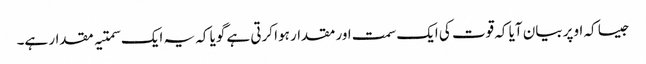
جیسا کہ اوپر بیان آیا کہ قوت کی ایک سمت اور مقدار ہوا کرتی ہے گویا کہ یہ ایک سمتیہ مقدار ہے۔